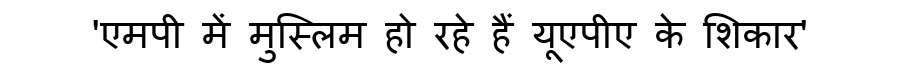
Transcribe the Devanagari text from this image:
'एमपी में मुस्लिम हो रहे हैं यूएपीए के शिकार'